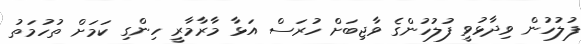
ފުލުހުން ވިދާޅުވީ ފުލުހުންގެ ވާޖިބަށް ހުރަސް އަޅާ މާރާމާރީ ހިންގި ކަމަށް ތުހުމަތު